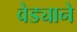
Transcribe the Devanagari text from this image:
वेड्याने